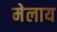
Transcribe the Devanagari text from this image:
मेलाय